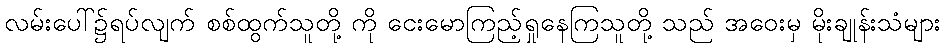
လမ်းပေါ်၌ရပ်လျက် စစ်ထွက်သူတို့ ကို ငေးမောကြည့်ရှုနေကြသူတို့ သည် အဝေးမှ မိုးချုန်းသံများ